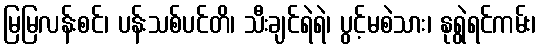
မြမြလန်းစင်၊ ပန်းသစ်ပင်တိ၊ သီးချင်ရဲရဲ၊ ပွင့်မစဲသား၊ နုရွဲရင်ကမ်း၊